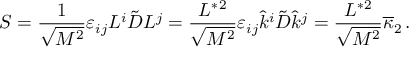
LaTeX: S = { \frac { 1 } { \sqrt { M ^ { 2 } } } } \varepsilon _ { i j } L ^ { i } \tilde { D } L ^ { j } = { \frac { L ^ { * } { } ^ { 2 } } { \sqrt { M ^ { 2 } } } } \varepsilon _ { i j } \hat { k } ^ { i } \tilde { D } \hat { k } ^ { j } = { \frac { L ^ { * } { } ^ { 2 } } { \sqrt { M ^ { 2 } } } } \overline { { \kappa } } _ { 2 } \, .